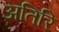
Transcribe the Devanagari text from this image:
अतिरि